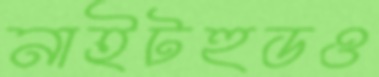
নাইটহুডও